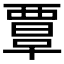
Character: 𧟹